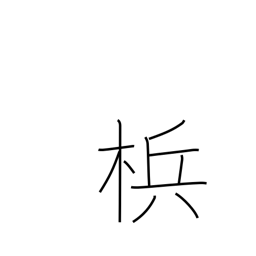
Meaning: betel nut